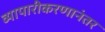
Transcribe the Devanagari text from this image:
व्यापारीकरणानंतर